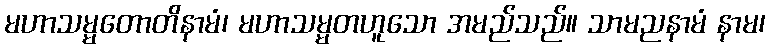
မဟာသမ္မတောတိနာမံ၊ မဟာသမ္မတဟူသော အမည်သည်။ သာမညနာမံ နာမ၊